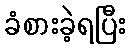
ခံစားခဲ့ရပြီး